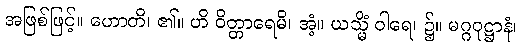
အဖြစ်ဖြင့်။ ဟောတိ၊ ၏။ ဟိ ဝိတ္တာရေမိ၊ အံ့။ ယသ္မိံ ဝါရေ၊ ၌။ မဂ္ဂဝုဋ္ဌာနံ၊